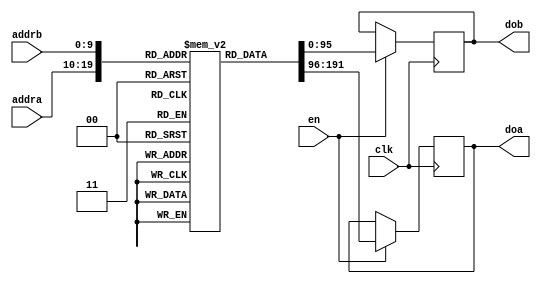
/*
 * From our research paper "High-Performance Hardware Implementation of CRYSTALS-Dilithium"
 * by Luke Beckwith, Duc Tri Nguyen, Kris Gaj
 * at George Mason University, USA
 * https://eprint.iacr.org/2021/1451.pdf
 * =============================================================================
 * Copyright (c) 2021 by Cryptographic Engineering Research Group (CERG)
 * ECE Department, George Mason University
 * Fairfax, VA, U.S.A.
 * Licensed under the Apache License, Version 2.0 (the "License");
 * you may not use this file except in compliance with the License.
 * You may obtain a copy of the License at
 *     http://www.apache.org/licenses/LICENSE-2.0
 * Unless required by applicable law or agreed to in writing, software
 * distributed under the License is distributed on an "AS IS" BASIS,
 * WITHOUT WARRANTIES OR CONDITIONS OF ANY KIND, either express or implied.
 * See the License for the specific language governing permissions and
 * limitations under the License.
 * =============================================================================
 * @author   Luke Beckwith <lbeckwit@gmu.edu>
 */


`timescale 1ns / 1ps
module dual_port_rom #(parameter WIDTH=96, LENGTH=1024, INIT_FILE="") (clk,en,addra,addrb,doa,dob);
    input clk,en;
    input [$clog2(LENGTH)-1:0] addra,addrb;
    output [WIDTH-1:0] doa,dob;
    (* rom_style = "distributed" *) reg[WIDTH-1:0] ram [LENGTH-1:0];
    reg[WIDTH-1:0] doa,dob;
    
    always @(posedge clk) begin 
        if (en) begin
            doa <= ram[addra];
            dob <= ram[addrb];
        end
    end
    
    
    integer i;
    initial begin
        if (INIT_FILE != "") begin
            $readmemh(INIT_FILE, ram);
        end else begin
            for (i = 0; i < LENGTH; i = i + 1)
                ram[i] = 0;
        end
    end
    
endmodule